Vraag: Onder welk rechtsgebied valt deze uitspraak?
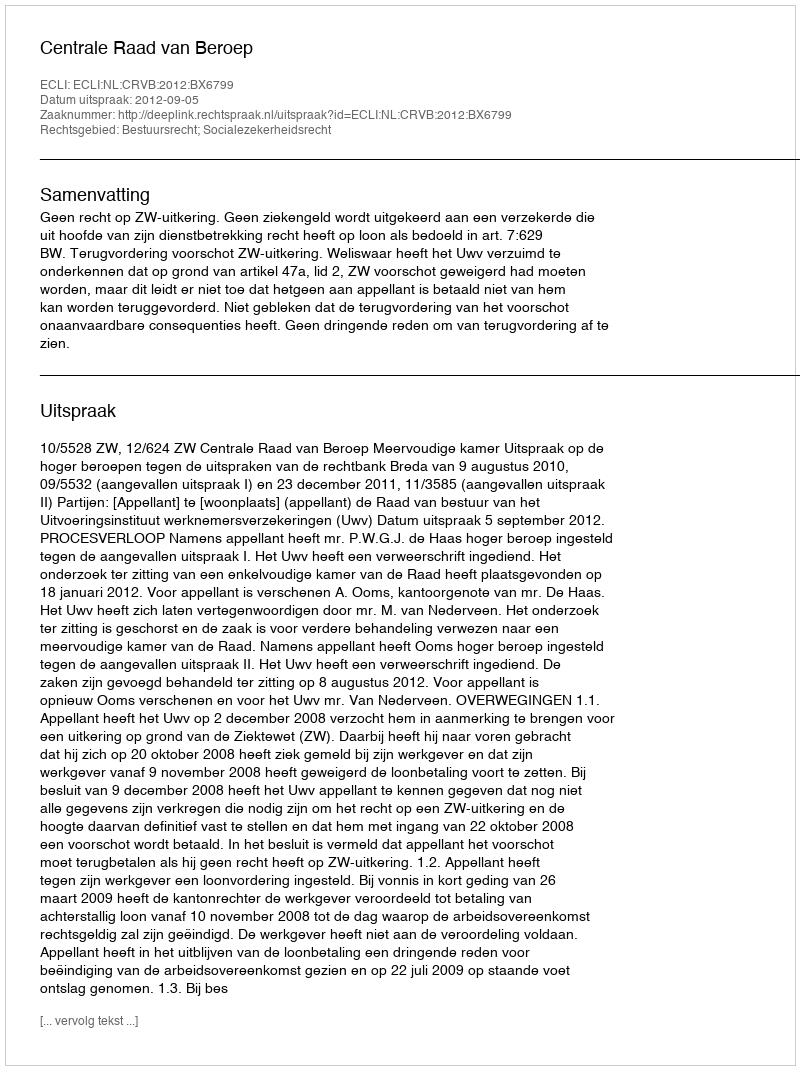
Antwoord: Bestuursrecht; Socialezekerheidsrecht